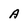
Character: a